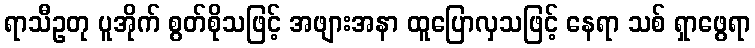
ရာသီဥတု ပူအိုက် စွတ်စိုသဖြင့် အဖျားအနာ ထူပြောလှသဖြင့် နေရာ သစ် ရှာဖွေရာ